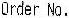
ORDER NO.